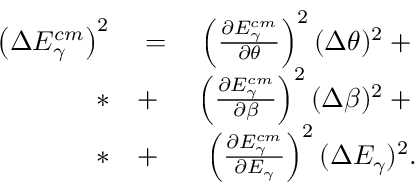
\begin{array} { r l r } { \left( \Delta E _ { \gamma } ^ { c m } \right) ^ { 2 } } & { { } = } & { { } \left( \frac { \partial E _ { \gamma } ^ { c m } } { \partial \theta } \right) ^ { 2 } ( \Delta \theta ) ^ { 2 } + { } } \\ { * } & { { } + } & { { } \left( \frac { \partial E _ { \gamma } ^ { c m } } { \partial \beta } \right) ^ { 2 } ( \Delta \beta ) ^ { 2 } + { } } \\ { * } & { { } + } & { { } \left( \frac { \partial E _ { \gamma } ^ { c m } } { \partial E _ { \gamma } } \right) ^ { 2 } ( \Delta E _ { \gamma } ) ^ { 2 } . } \end{array}